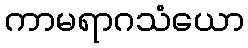
ကာမရာဂသံယော